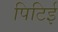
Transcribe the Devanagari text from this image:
पिटिई